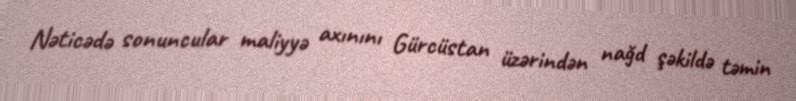
Nəticədə sonuncular maliyyə axınını Gürcüstan üzərindən nağd şəkildə təmin